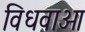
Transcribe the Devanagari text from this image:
विधवाओ